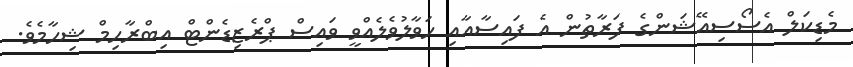
މެޑިކަލް އެސޯސިއޭޝަންގެ ފަރާތުން އެ ފައިސާއާއި ހަވާލުވެލެއްވީ ވައިސް ޕްރެޒިޑެންޓް އިބްރާހިމް ޝިހާމެވެ.